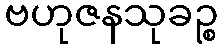
ဗဟုဇနသုခဉ္စ